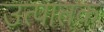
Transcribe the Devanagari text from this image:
उत्पातक